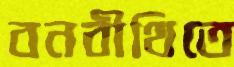
বনবীথিতে